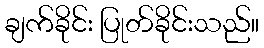
ချက်ခိုင်း ပြုတ်ခိုင်းသည်။